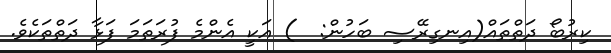
ކިރުބޯ ދަތްތައް(އިނގިރޭސި ބަހުން:  ) އަކީ އެންމެ ފުރަތަމަ ފަޅާ ދަތްތަކެވެ.